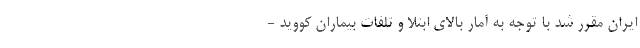
ایران مقرر شد با توجه به آمار بالای ابتلا و تلفات بیماران کووید -